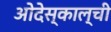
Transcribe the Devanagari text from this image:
ओदेस्काल्ची